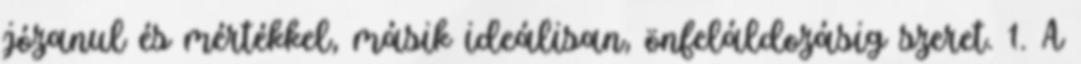
józanul és mértékkel, másik ideálisan, önfeláldozásig szeret. 1. A